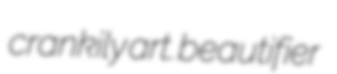
crankily art. beautifier